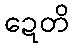
ဍေတိ